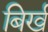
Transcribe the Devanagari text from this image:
बिर्ख